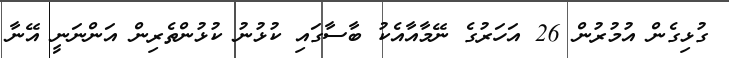
ގުޅިގެން އުމުރުން 26 އަހަރުގެ ނޭމާއާއެކު ބާސާގައި ކުޅުނު ކުޅުންތެރިން އަންނަނީ އޭނާ